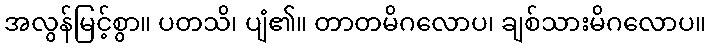
အလွန်မြင့်စွာ။ ပတသိ၊ ပျံ၏။ တာတမိဂလောပ၊ ချစ်သားမိဂလောပ။